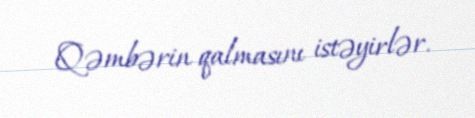
Qəmbərin qalmasını istəyirlər.